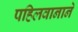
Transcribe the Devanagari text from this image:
पहिलवानाने